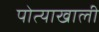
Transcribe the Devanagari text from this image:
पोत्याखाली